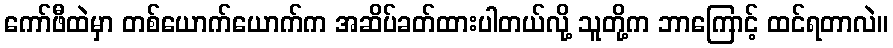
ကော်ဖီထဲမှာ တစ်ယောက်ယောက်က အဆိပ်ခတ်ထားပါတယ်လို့ သူတို့က ဘာကြောင့် ထင်ရတာလဲ။